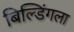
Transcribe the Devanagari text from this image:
बिल्डिंगला